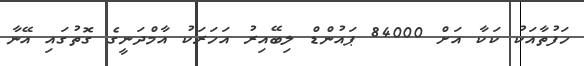
ހަފުތާއަކު ކަކާ އަށް 84000 ޕައުންޑް ލިބޭއިރު އަހަރަކު އާމްދަނީގެ ގޮތުގައި އޭނާ